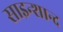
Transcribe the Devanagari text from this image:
साइन्शान्द